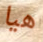
هيا